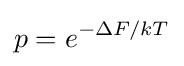
p=e^{-\Delta F/kT}